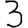
Digit: 3